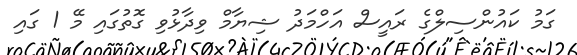
ގަމު ކައުންސިލްގެ ރައީސް އަހްމަދު ޝިޔާމް ވިދާޅުވި ގޮތުގައި މޭ 1 ގައި